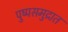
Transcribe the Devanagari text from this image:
पुष्पसमुद्रात